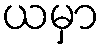
ယမှာ